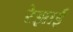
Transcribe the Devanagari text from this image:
रेझाई